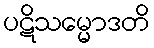
ပဋိသမ္မောဒတိ